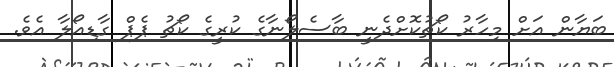
ބަޔާން އަށް މިހާރު ކޯޗުކޮށްދެނީ ބާސެލޯނާގެ ކުރީގެ ކޯޗު ޕެޕް ގާޑިއޯލާ އެވެ.